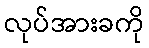
လုပ်အားခကို